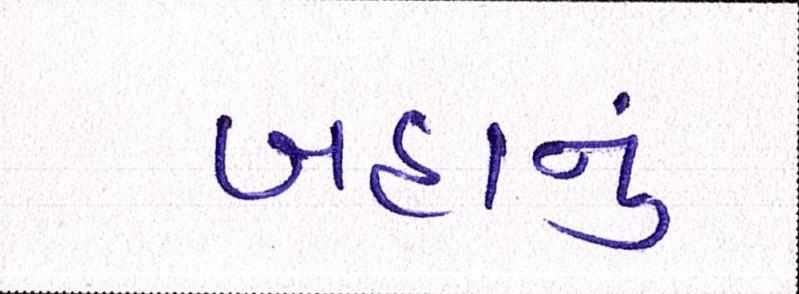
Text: બહાનું